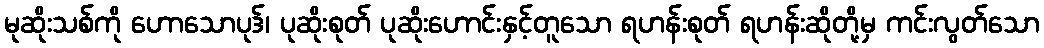
မုဆိုးသစ်ကို ဟောသောပုဒ်၊ ပုဆိုးစုတ် ပုဆိုးဟောင်းနှင့်တူသော ရဟန်းစုတ် ရဟန်းဆိုတို့မှ ကင်းလွတ်သော